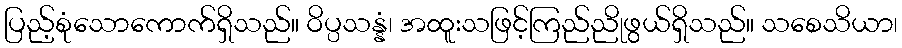
ပြည့်စုံသောကောက်ရှိသည်။ ဝိပ္ပသန္နံ၊ အထူးသဖြင့်ကြည်ညိုဖွယ်ရှိသည်။ သစေသိယာ၊